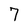
Character: 7